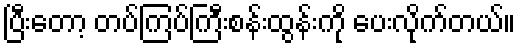
ပြီးတော့ တပ်ကြပ်ကြီးစန်းထွန်းကို ပေးလိုက်တယ်။